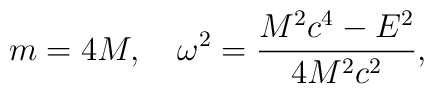
m=4M,\quad \omega ^2=\frac{M^2c^4-E^2}{4M^2c^2},